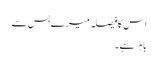
اس کا فیصلہ میرے بس سے
باہر ہے۔